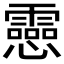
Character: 𫻝